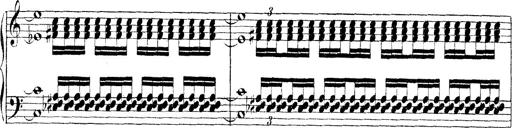
Title: Technische Studien
Composer: Franz Liszt